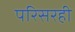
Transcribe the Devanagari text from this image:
परिसरही